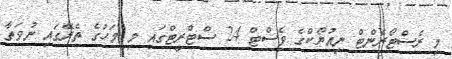
މި ރެސްޓޯރެންޓް ނިއުޔޯކްގެ ވެސްޓް 24 ސްޓްރީޓްގައި މި މަހުގެ ތެރޭގައި ނުވަތާ